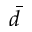
\bar { d }